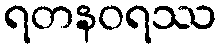
ရတနဝရဿ